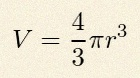
V=\frac43\pi r^3